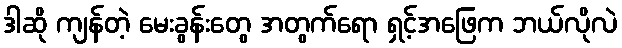
ဒါဆို ကျန်တဲ့ မေးခွန်းတွေ အတွက်ရော ရှင့်အဖြေက ဘယ်လိုလဲ